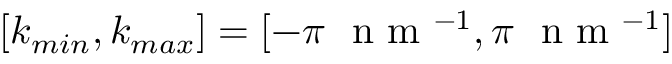
[ k _ { m i n } , k _ { m a x } ] = [ - \pi ~ \mathrm { ~ n ~ m ~ } ^ { - 1 } , \pi ~ \mathrm { ~ n ~ m ~ } ^ { - 1 } ]